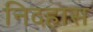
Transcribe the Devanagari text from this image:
निदहास